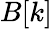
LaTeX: B[k]